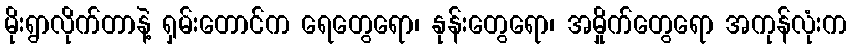
မိုးရွာလိုက်တာနဲ့ ရှမ်းတောင်က ရေတွေရော၊ နုန်းတွေရော၊ အမှိုက်တွေရော အကုန်လုံးက